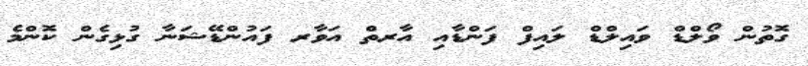
ގޮތުން ވޯލްޑް ވައިލްޑް ލައިފް ފަންޑާއި އާރތް އަވާރ ފައުންޑޭޝަނާ ގުޅިގެން ކޮންމެ